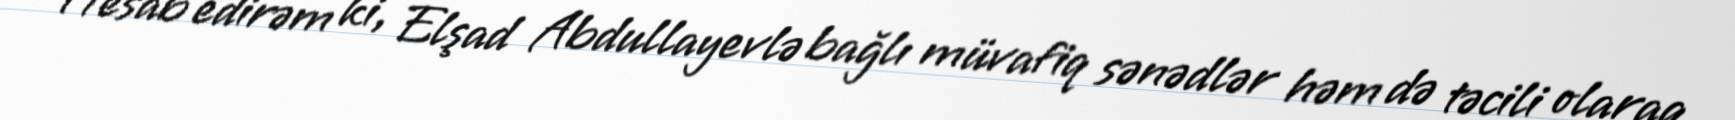
Hesab edirəm ki, Elşad Abdullayevlə bağlı müvafiq sənədlər həm də təcili olaraq